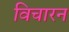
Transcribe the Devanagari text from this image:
विचारन